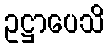
ဥဋ္ဌာပေသိ